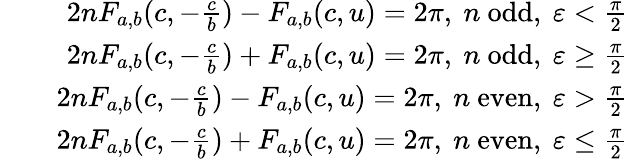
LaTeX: \begin{array}{rlr}&{}&{2nF_{a,b}(c,-\frac{c}{b})-F_{a,b}(c,u)=2\pi,~n~\textrm{odd},~\varepsilon<\frac{\pi}{2}}\\ &{}&{2nF_{a,b}(c,-\frac{c}{b})+F_{a,b}(c,u)=2\pi,~n~\textrm{odd},~\varepsilon\geq\frac{\pi}{2}}\\ &{}&{2nF_{a,b}(c,-\frac{c}{b})-F_{a,b}(c,u)=2\pi,~n~\textrm{even},~\varepsilon>\frac{\pi}{2}}\\ &{}&{2nF_{a,b}(c,-\frac{c}{b})+F_{a,b}(c,u)=2\pi,~n~\textrm{even},~\varepsilon\leq\frac{\pi}{2}}\end{array}